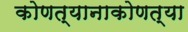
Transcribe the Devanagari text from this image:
कोणत्यानाकोणत्या